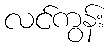
လင်ကွန်း